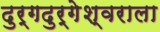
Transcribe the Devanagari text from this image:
दुर्गदुर्गेश्वराला